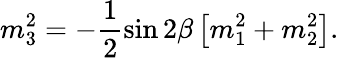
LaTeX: m_{3}^{2}=-\frac{1}{2}\sin 2\beta\left[m_{1}^{2}+m_{2}^{2}\right].